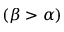
( \beta > \alpha )